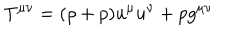
T ^ { \mu \nu } = ( \rho + p ) u ^ { \mu } u ^ { \nu } + p g ^ { \mu \nu }